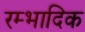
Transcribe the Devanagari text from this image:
रम्‍भादिक